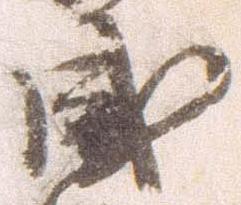
感